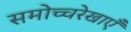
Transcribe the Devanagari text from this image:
समोच्चरेखाएँ